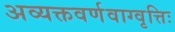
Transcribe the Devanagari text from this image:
अव्यक्तवर्णवाग्वृत्तिः